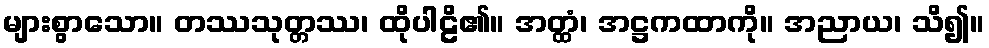
များစွာသော။ တဿသုတ္တဿ၊ ထိုပါဠိ၏။ အတ္ထံ၊ အဋ္ဌကထာကို။ အညာယ၊ သိ၍။